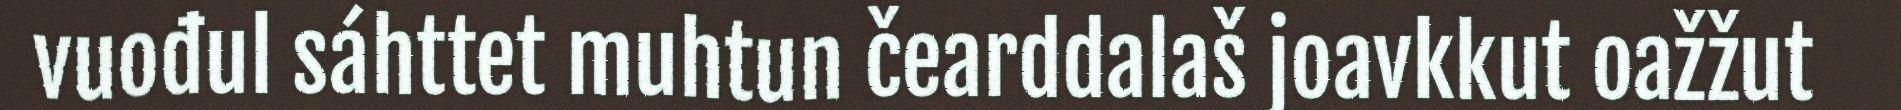
vuođul sáhttet muhtun čearddalaš joavkkut oažžut